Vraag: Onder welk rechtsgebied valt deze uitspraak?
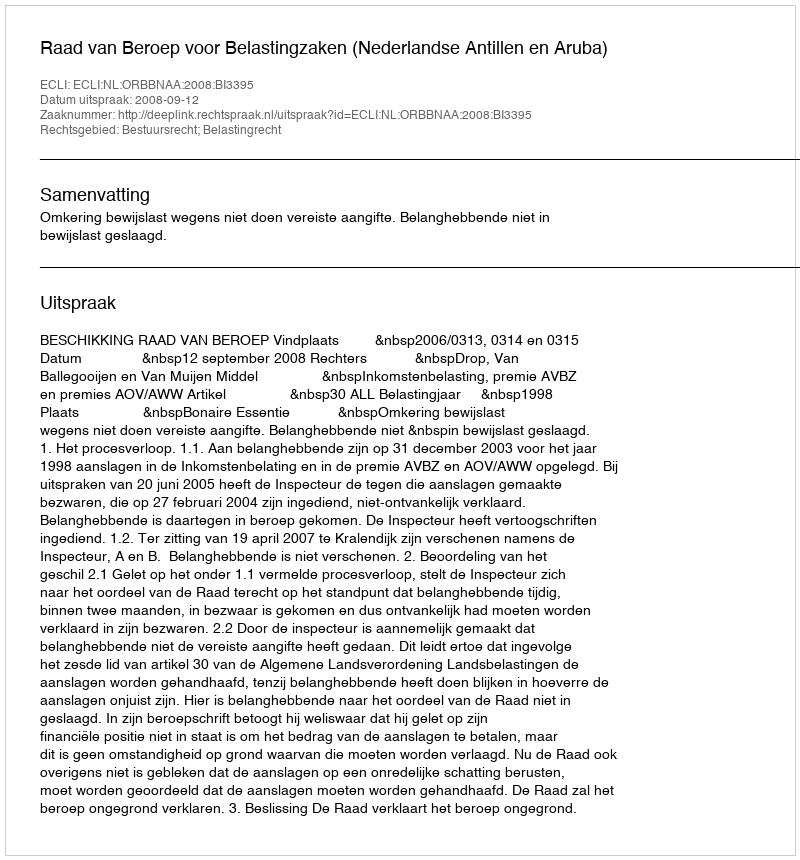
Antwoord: Bestuursrecht; Belastingrecht